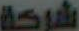
شركة